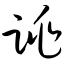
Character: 跳